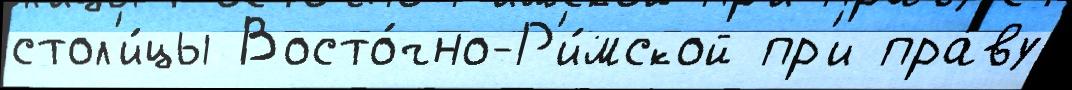
стол'и́цы Восто́чно-Р'и́мской пр'и пра́ву